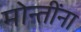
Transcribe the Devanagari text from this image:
मोन्तींना